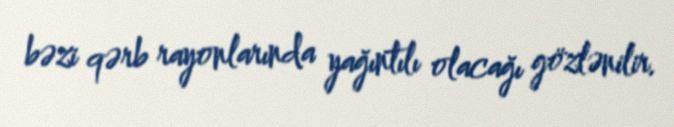
bəzi qərb rayonlarında yağıntılı olacağı gözlənilir.